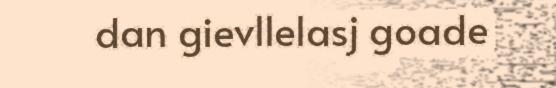
dan gievllelasj goade